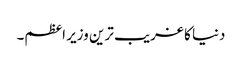
دنیا کا غریب ترین وزیر اعظم۔